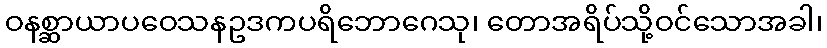
ဝနစ္ဆာယာပဝေသနဥဒကပရိဘောဂေသု၊ တောအရိပ်သို့ဝင်သောအခါ၊